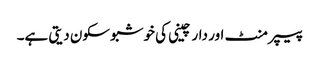
پیپر منٹ اور دار چینی کی خوشبو سکون دیتی ہے۔